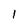
Character: 1